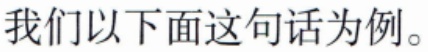
我们以下面这句话为例。